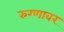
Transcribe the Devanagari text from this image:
रुग्णावर